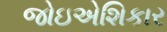
જોઇએશિકાર